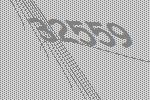
32559